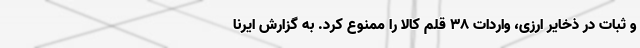
و ثبات در ذخایر ارزی، واردات ۳۸ قلم کالا را ممنوع کرد. به گزارش ایرنا